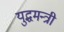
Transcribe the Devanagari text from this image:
युद्धमन्त्री